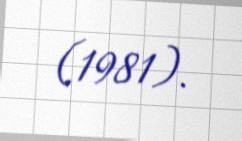
(1981).